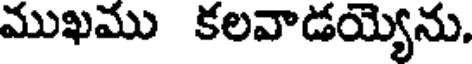
ముఖము కలవాడయ్యెను.